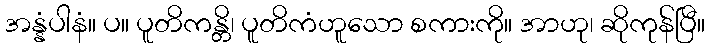
အန္နံပါနံ။ ပ။ ပူတိကန္တိ၊ ပူတိကံဟူသော စကားကို။ အာဟု၊ ဆိုကုန်ပြီ။